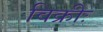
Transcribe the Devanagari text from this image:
विक्रीः